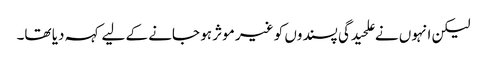
لیکن انہوں نے علحیدگی پسندوں کو غیر موثر ہو جانے کے لیے کہہ دیا تھا۔